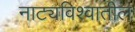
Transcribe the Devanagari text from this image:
नाट्यविश्वातील